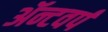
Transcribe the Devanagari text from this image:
ॲन्टवर्प